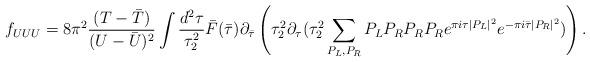
LaTeX: \begin{align*}f_{UUU} = 8 \pi^2 \frac{(T-{\bar T})}{(U-{\bar U})^2} \int \frac{d^2 \tau}{\tau_2^2} {\bar F}({\bar \tau}) \partial_{\bar \tau}\left( \tau_2^2 \partial_{\tau} (\tau_2^2 \sum_{P_L, P_R}P_L P_R P_R P_Re^{\pi i \tau |P_L|^2} e^{-\pi i {\bar \tau} |P_R|^2} )\right).\end{align*}